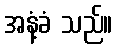
အနံ့ခံ သည်။